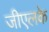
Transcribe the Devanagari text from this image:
जीएलके